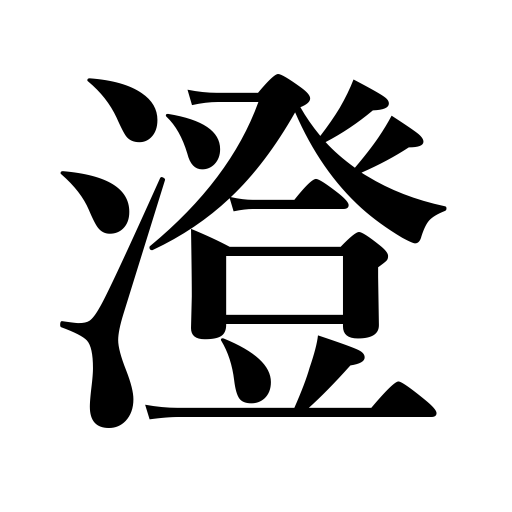
Meanings: clarify,look grave,clear,settle,strain one's ears,be clear,become clear